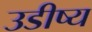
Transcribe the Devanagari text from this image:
उडीष्य